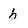
Character: h